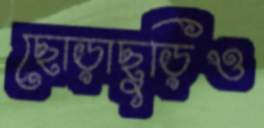
ছোড়াছুড়িও